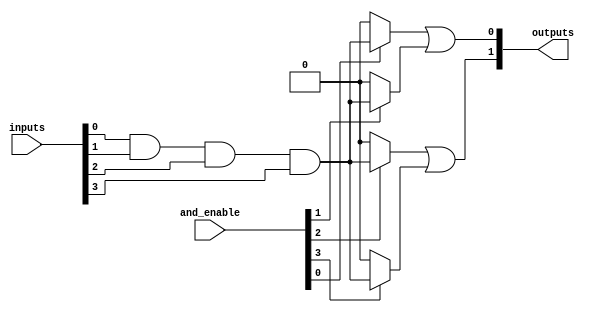
module PAL #(
    parameter INPUT_WIDTH = 4,  // Number of input lines
    parameter AND_WIDTH = 4,     // Number of AND gates
    parameter OR_WIDTH = 2        // Number of OR gates
)(
    input wire [INPUT_WIDTH-1:0] inputs,            // Input signals
    input wire [AND_WIDTH-1:0] and_enable,           // Programmable AND gate enables
    output wire [OR_WIDTH-1:0] outputs                // Output signals
);

    // Declare internal wires for the AND gate outputs
    wire [AND_WIDTH-1:0] and_out;

    // AND array implementation
    generate
        genvar i;
        for (i = 0; i < AND_WIDTH; i = i + 1) begin : and_array
            // Each AND gate can take inputs or their complements based on the enable signals
            assign and_out[i] = (and_enable[i]) ? 
                                 (inputs[0] & inputs[1] & inputs[2] & inputs[3]) : 1'b0; // Example configuration
        end
    endgenerate

    // OR array implementation
    assign outputs[0] = and_out[0] | and_out[1];    // Example OR gate configuration
    assign outputs[1] = and_out[2] | and_out[3];    // Example OR gate configuration

endmodule